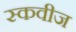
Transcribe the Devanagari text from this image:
स्कवीज